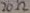
Text: 20Ω